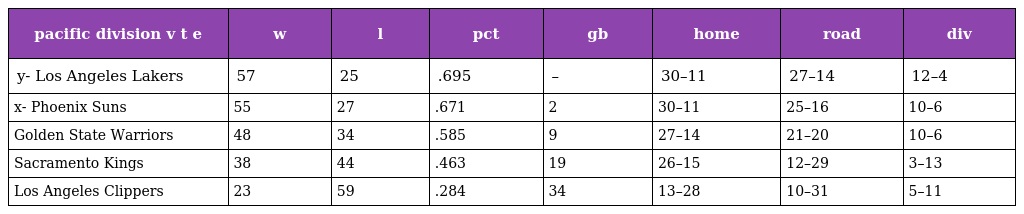
| pacific division v t e | w | l | pct | gb | home | road | div |
 | --- | --- | --- | --- | --- | --- | --- | --- |
 | y- Los Angeles Lakers | 57 | 25 | .695 | – | 30–11 | 27–14 | 12–4 |
 | x- Phoenix Suns | 55 | 27 | .671 | 2 | 30–11 | 25–16 | 10–6 |
 | Golden State Warriors | 48 | 34 | .585 | 9 | 27–14 | 21–20 | 10–6 |
 | Sacramento Kings | 38 | 44 | .463 | 19 | 26–15 | 12–29 | 3–13 |
 | Los Angeles Clippers | 23 | 59 | .284 | 34 | 13–28 | 10–31 | 5–11 |